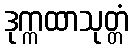
ဒုက္ကထာသုတ္တံ